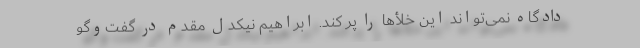
دادگاه نمی‌تواند این خلأها را پر کند. ابراهیم نیکدل مقدم در گفت‌وگو